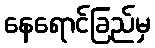
နေရောင်ခြည်မှ